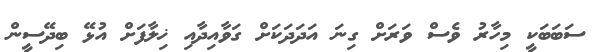
ސަބަބަކީ މިހާރު ވެސް ވަރަށް ގިނަ އަދަދަކަށް ގަވާއިދާއި ޚިލާފަށް އުޅޭ ބިދޭސީން